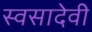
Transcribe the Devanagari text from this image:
स्वसादेवी